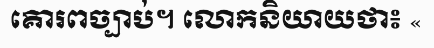
គោរពច្បាប់។ លោកនិយាយថា៖ «